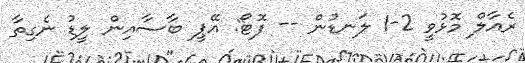
ރެއާލް މޮޅުވީ 2-1 ލަނޑުން -- ފޮޓޯ: އޭޕީ ބާސާއިން ލީޑު ނެގިތާ